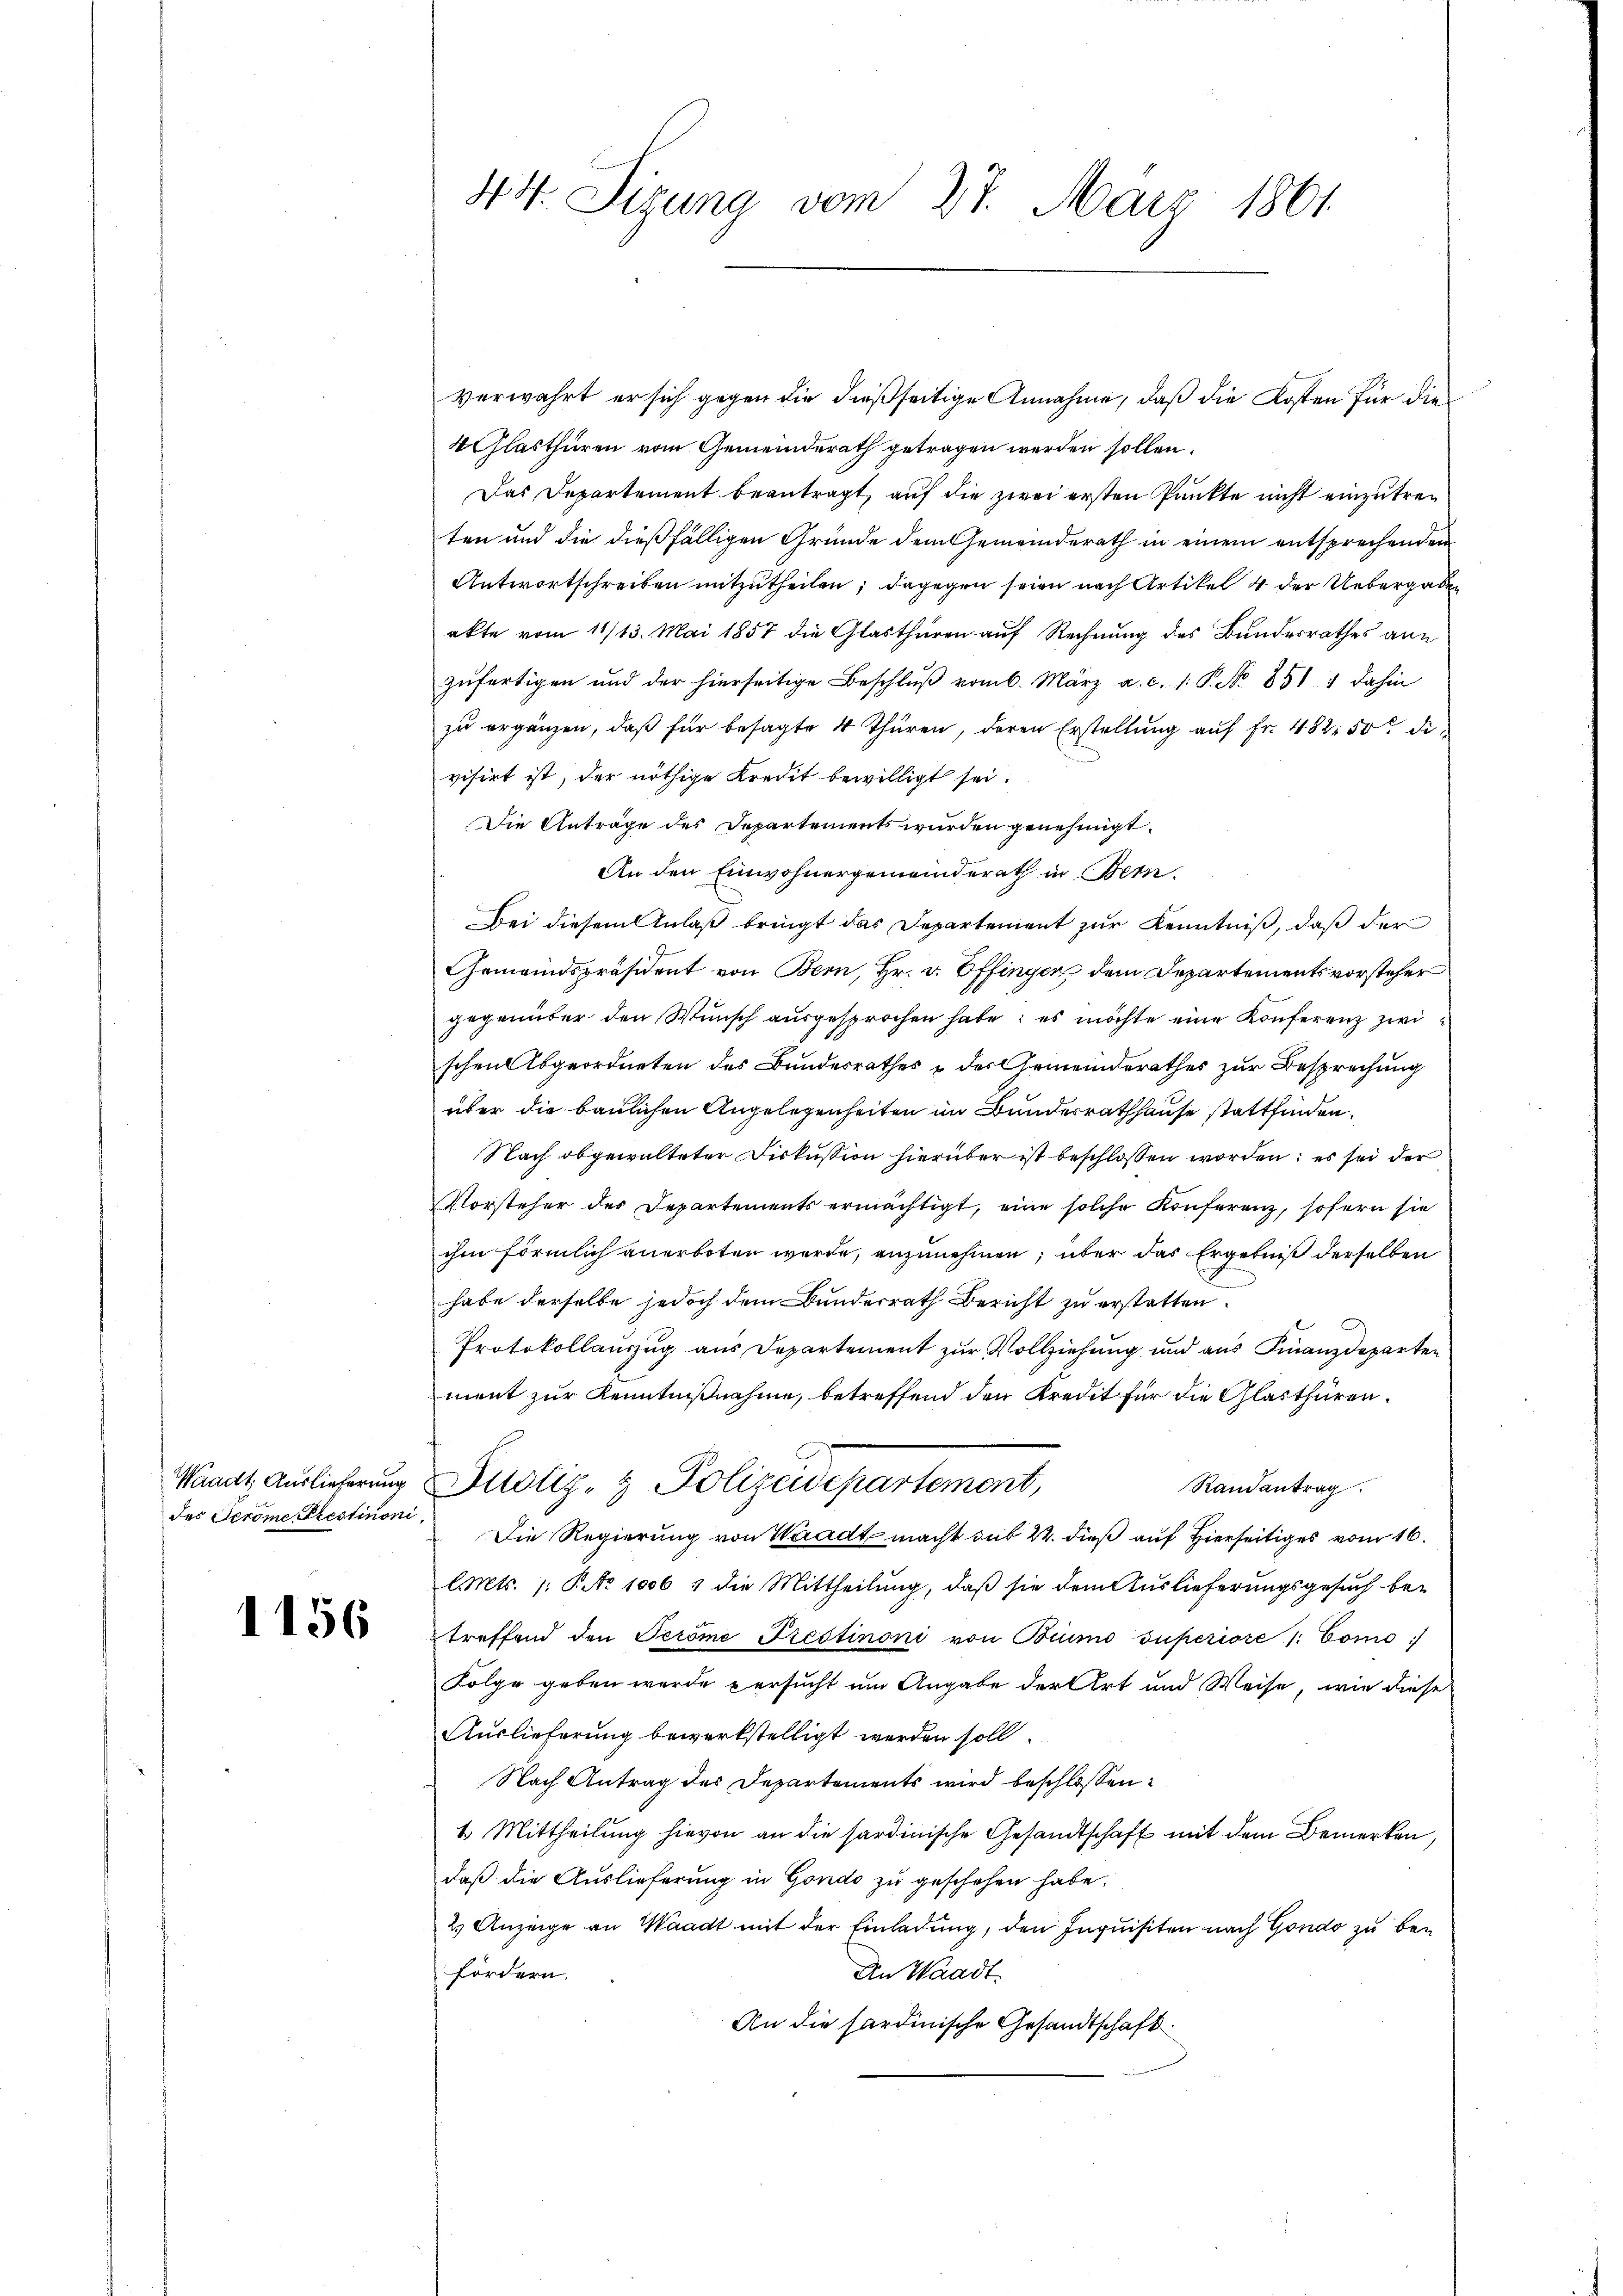
des Serome Prestimoni.

1156

4t. Sigung vom 27. März 1861

verwahrt er sich gegen die dießseitige Annahme, daß die Kosten für die
4flasthüren vom Gemeinderath getragen werden sollen.
Das Departement beantragt, auf die zwei ersten Punkte nicht einzutreten und die dießfälligen Gründe dem Gemeinderath in einem entsprechenden
Antwortschreiben mitzutheilen; dagegen seien nach Artikel 4 der Uebergaben
akte vom 11/13. Mai 1857 die Glasthüren auf Rechnung des Bundesrathes ane
zufertigen und der hierseitige Beschlŭβ vom 6. März a. c. 1. P. No 851 4 dahin
zu ergänzen, daß für besagte 4 Thüren, deren Erstellung auf Fr. 482 50 di
visirt ist, der nöthige Kredit bewilligt sei.
Die Antrage des Departements wurden genehmigt.
An den Einwohnergemeinderath in Bern.
Bei diesem Anlaß bringt das Departement zur Kenntniß, daß der
Gemeindspräsident von Bern, Hr. v. Offinger dem Departementsvorsteher
gegenüber den Wunsch ausgesprochen habe; es möchte eine Konferenz zwi
schen Abgeordneten des Bundesrathes & des Gemeinderathes zur Besprechung
über die baulichen Angelegenheiten im Bundesrathhause stattfinden.
Nach obgewalteter Fiskussion hierüber ist beschlossen worden; es sei der
Vorsteher des Departements ermächtigt, eine solche Konferenz, sofern sie
ihm förmlich anerboten werde, anzunehmen, über das Ergebniß derselben
habe derselbe jedoch dem Bundesrath Bericht zu erstatten.
Protokollauszug aus Departement zur Vollziehung und aus Finanzdeparten
ment zur Kenntnißnahme, betreffend den Kredit für die Glasthüren.
Waadt Auslieferung Pilotiz- & Polizeidepartement,
Randantrag.
Die Regierung von Waadt macht sub 22. dieß auf Hierseitiges vom 16.
l. Mts. 1. P. Nr. 1006 3 die Mittheilung, daß sie dem Auslieferungsgesuch betreffend den Teröme Trestimoni von Bruno superiore /: Como:/
Folge geben wurde persucht um Angabe der Art und Weise, wie diese
Auslieferung bewerkstelligt werden soll.
Nach Antrag des Departements wird beschlossen:
1. Mittheilung hievon an die sardinische Gesandtschaft mit dem Bemerken,
daß die Auslieferung in Gondo zu geschehen habe.
2) Anzeige an Waadt mit der Einladung, den Inquisiten nach Gondo zu befördern.
An Waadt.
An die sardinische Gesandtschaft